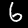
Digit: 6